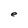
Character: e